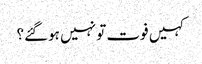
کہیں فوت تو نہیں ہوگئے؟